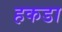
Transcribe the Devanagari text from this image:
हकडा